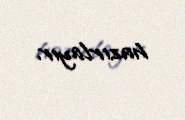
hazırlayır.